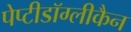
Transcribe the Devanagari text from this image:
पेप्टीडॉग्लीकैन